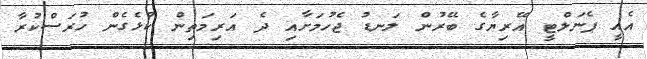
އެއީ ޕެނަލްޓީ އޭރިޔާގެ ބޭރުން ލަނޑު ޖެހުމަށާއި ދެ އަރިމަތިން ކުޅެގެން ހުރަސްކުރާ